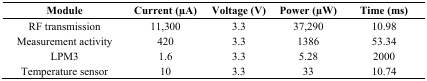
| Module | Current (μA) | Voltage (V) | Power (μW) | Time (ms) |
 | --- | --- | --- | --- | --- |
 | RF transmission | 11,300 | 3.3 | 37,290 | 10.98 |
 | Measurement activity | 420 | 3.3 | 1386 | 53.34 |
 | LPM3 | 1.6 | 3.3 | 5.28 | 2000 |
 | Temperature sensor | 10 | 3.3 | 33 | 10.74 |